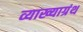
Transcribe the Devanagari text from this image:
व्याख्याग्रंथ